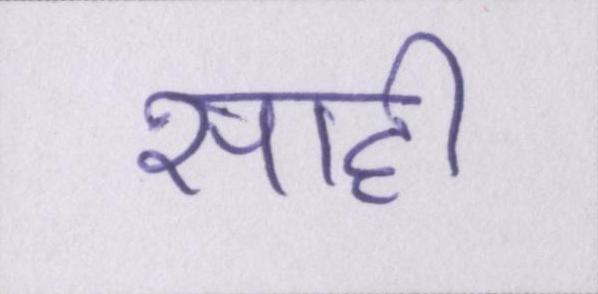
साही